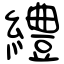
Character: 䌡